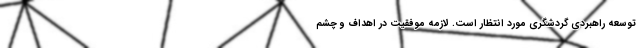
توسعه راهبردی گردشگری مورد انتظار است. لازمه موفقیت در اهداف و چشم